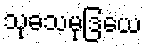
သုခသမုဒြယေ